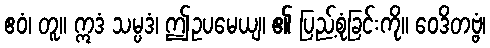
ဧဝံ၊ တူ။ ဣဒံ သမ္ပဒံ၊ ဤဥပမေယျ၊ ၏ ပြည့်စုံခြင်းကို။ ဝေဒိတဗ္ဗံ၊